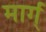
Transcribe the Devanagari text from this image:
मार्ग्